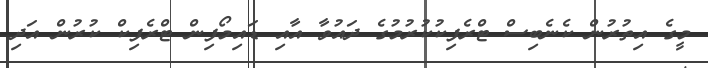
މީގެ އިތުރުން ކެނެބިސް ޓްރެފިކުކުރުމުގެ ދައުވާ އާއި ޑައިމޯފިން ޓްރެފިކް ކުރުން އަދި